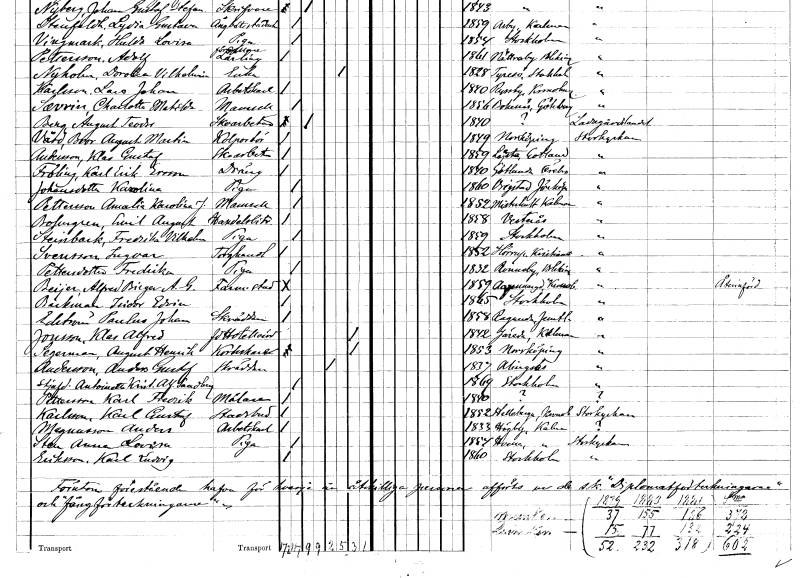
gt_parse: households: individuals: FN: Klas Gustaf
EN: Andersson
YRKE: Skoarbetare
KON: M
CIV: O
FODAR: 1859
FODFORS: Lojsta Gotlands län
FN: Karl Erik
EN: Fröling Ersson
YRKE: Dräng
KON: M
CIV: O
FODAR: 1840
FODFORS: Götlunda Västmanlands län
FN: Karolina
EN: Johansdotter
YRKE: Piga
KON: K
CIV: O
FODAR: 1860
FODFORS: Vrigstad Jönköpings län
FN: Amalia Karolina J.
EN: Pettersson
KON: K
CIV: O
FODAR: 1852
FODFORS: Misterhult Kalmar län
FN: Emil August
EN: Bossergren
YRKE: Handelsbiträde
KON: M
CIV: O
FODAR: 1858
FODFORS: Västerås Västmanlands län
FN: Fredrik Vilhelm
EN: Steinback
YRKE: Piga
KON: M
CIV: O
FODAR: 1859
FODFORS: Stockholm
FN: Ingvar
EN: Svensson
YRKE: Torghandlare
KON: M
CIV: O
FODAR: 1852
FODFORS: Hörup Malmöhus län
FN: Fredrika
EN: Pettersdotter
YRKE: Piga
KON: K
CIV: O
FODAR: 1832
FODFORS: Ronneby Blekinge län
FN: Alfred Birger A. G.
EN: Beÿer
YRKE: Farm. student
KON: M
CIV: O
FODAR: 1859
FODFORS: Agunnaryd Kronobergs län
FN: Isidor Edvin
EN: Backman
KON: M
CIV: O
FODAR: 1865
FODFORS: Stockholm
FN: Paulus Johan
EN: Edström
YRKE: Skräddare
KON: M
CIV: O
FODAR: 1858
FODFORS: Ragunda Jämtlands län
FN: Klas Alfred
EN: Jonsson
YRKE: Hotellvärd f.d.
KON: M
CIV: X
FODAR: 1842
FODFORS: Järeda Kalmar län
FN: August Henrik
EN: Segerman
YRKE: Korkskärare
KON: M
CIV: X
FODAR: 1853
FODFORS: Norrköping Östergötlands län
FN: Anders Gustaf
EN: Andersson
YRKE: Skräddare
KON: M
CIV: E
FODAR: 1837
FODFORS: Alingsås Älvsborgs län
FN: Antoinetta Kristina Alfrida
EN: Sandberg
KON: K
CIV: O
FODAR: 1869
FODFORS: Stockholm
FN: Karl Fredrik
EN: Pettersson
YRKE: Målare
KON: M
CIV: O
FODAR: 1840
FN: Karl Gustaf
EN: Karlsson
YRKE: Stadsbud
KON: M
CIV: O
FODAR: 1852
FODFORS: Hälleberga Kalmar län
FN: Anders
EN: Magnusson
YRKE: Arbetskarl
KON: M
CIV: O
FODAR: 1833
FODFORS: Högby Kalmar län
FN: Anna Lovisa
EN: Sten
YRKE: Piga
KON: K
CIV: O
FODAR: 1854
FODFORS: Vena Kalmar län
FN: Karl Ludvig
EN: Eriksson
KON: M
CIV: O
FODAR: 1860
FODFORS: Stockholm